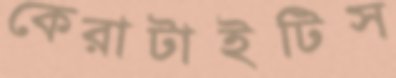
কেরাটাইটিস